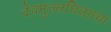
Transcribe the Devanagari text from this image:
देवमुल्लघिताध्वा